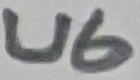
Text: U6